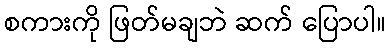
စကားကို ဖြတ်မချဘဲ ဆက် ပြောပါ။